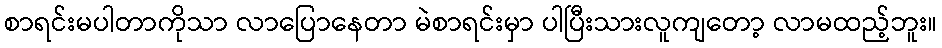
စာရင်းမပါတာကိုသာ လာပြောနေတာ မဲစာရင်းမှာ ပါပြီးသားလူကျတော့ လာမထည့်ဘူး။